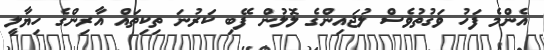
އެންމެ ފަހު ވަގުތުވެސް ލުޖައިންގެ ލޮލުން ފޭބި ކަރުނަ ތިކިތައް އާރިންގެ ހިޔާލީ